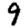
Digit: 9